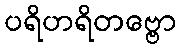
ပရိဟရိတဗ္ဗော